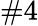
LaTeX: \# 4